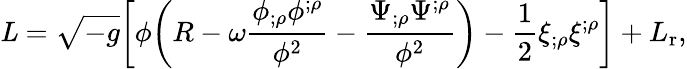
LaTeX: {\mathit L}=\sqrt{-g}\biggl[\phi\biggl(R-\omega\frac{\phi_{;\rho}\phi^{;\rho}}{\phi^{2}}-\frac{\Psi_{;\rho}\Psi^{;\rho}}{\phi^{2}}\biggr)-\frac{1}{2}\xi_{;\rho}\xi^{;\rho}\biggr]+L_{\mathrm{r}},